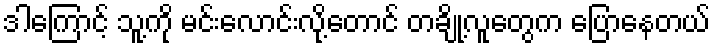
ဒါကြောင့် သူ့ကို မင်းလောင်းလို့တောင် တချို့လူတွေက ပြောနေတယ်